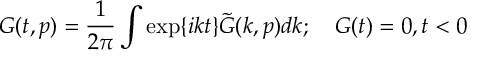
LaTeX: G ( t , p ) = \frac { 1 } { 2 \pi } \int \exp \{ i k t \} \tilde { G } ( k , p ) d k ; \quad G ( t ) = 0 , t < 0